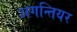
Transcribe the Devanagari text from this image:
अगन्तियर